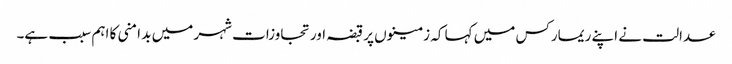
عدالت نے اپنے ریمارکس میں کہا کہ زمینوں پر قبضہ اور تجاوزات شہر میں بد امنی کا اہم سبب ہے۔